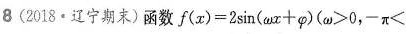
8(2018·辽宁期末)函数f(x)=2sim(ωx+φ)(ω>0，-π<